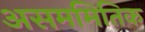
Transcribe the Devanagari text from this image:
असममितिक